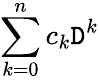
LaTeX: \sum_{k=0}^{n}c_{k}\mathtt{D}^{k}